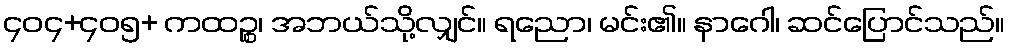
၄၀၄+၄၀၅+ ကထဉ္စ၊ အဘယ်သို့လျှင်။ ရညော၊ မင်း၏။ နာဂေါ၊ ဆင်ပြောင်သည်။